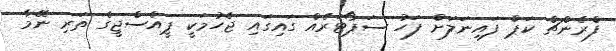
ފްރެންޗް ކަޕް ފައިނަލަށް ފަހު ސަޕޯޓަރެއް ގައިގައި ޖެހުމަކީ ޕީއެސްޖީގެ ތަރި ނޭމާ